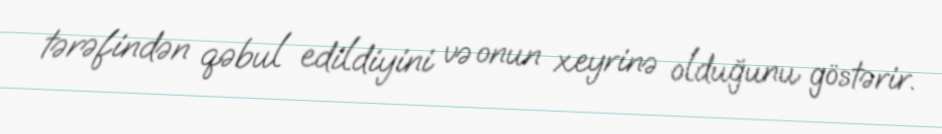
tərəfindən qəbul edildiyini və onun xeyrinə olduğunu göstərir.